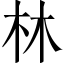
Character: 林